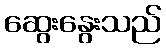
ဆွေးနွေးသည်